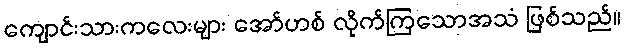
ကျောင်းသားကလေးများ အော်ဟစ် လိုက်ကြသောအသံ ဖြစ်သည်။